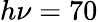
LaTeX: h\nu=70